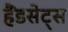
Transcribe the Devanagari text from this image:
हैंडसेट्स